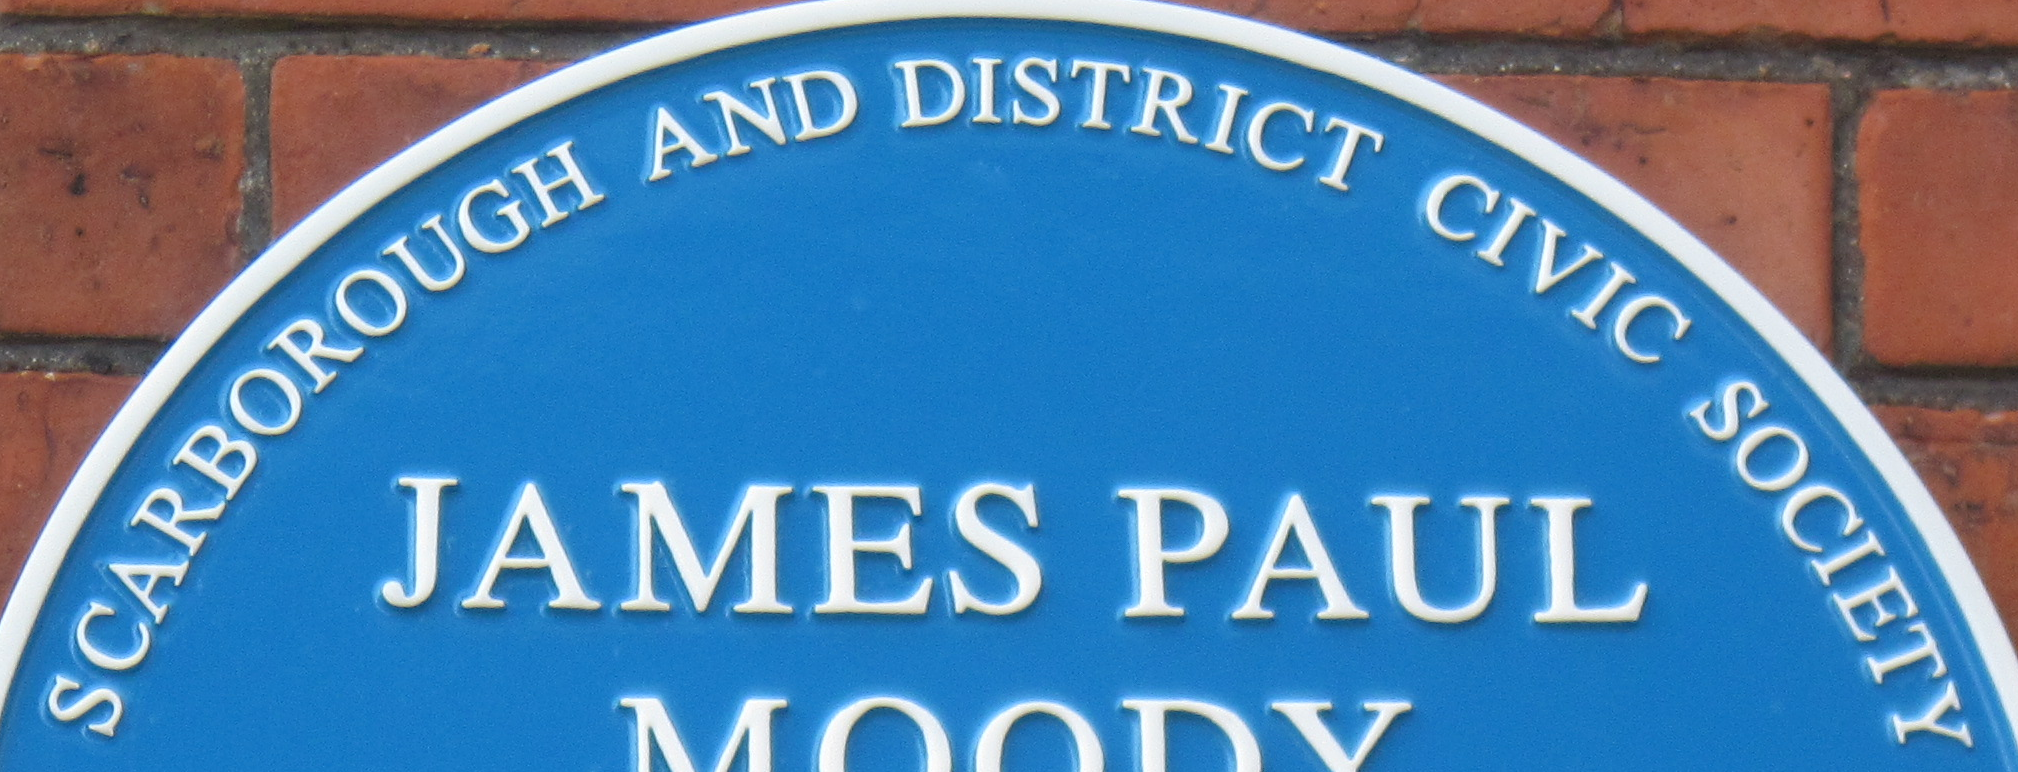
SCARBOROUGH AND DISTRICT CIVIC SOCIETY